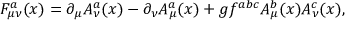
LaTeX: F _ { \mu \nu } ^ { a } ( x ) = \partial _ { \mu } A _ { \nu } ^ { a } ( x ) - \partial _ { \nu } A _ { \mu } ^ { a } ( x ) + g f ^ { a b c } A _ { \mu } ^ { b } ( x ) A _ { \nu } ^ { c } ( x ) ,